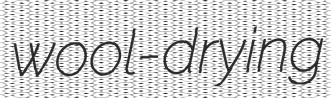
wool-drying